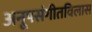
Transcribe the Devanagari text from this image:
अनूपसंगीतविलास